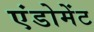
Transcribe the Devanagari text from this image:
एंडोमेंट